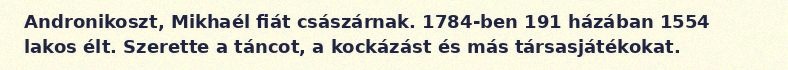
Andronikoszt, Mikhaél fiát császárnak. 1784-ben 191 házában 1554 lakos élt. Szerette a táncot, a kockázást és más társasjátékokat.